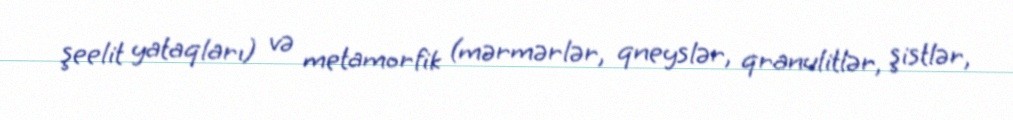
şeelit yataqları) və metamorfik (mərmərlər, qneyslər, qranulitlər, şistlər,